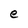
Character: e